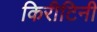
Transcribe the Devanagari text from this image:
किरीटिनी